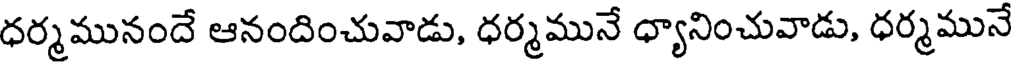
ధర్మమునందే ఆనందించువాడు, ధర్మమునే ధ్యానించువాడు, ధర్మమునే